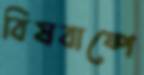
বিষবাষ্পে